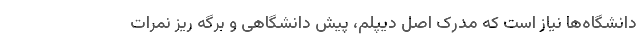
دانشگاه‌ها نیاز است که مدرک اصل دیپلم، پیش دانشگاهی و برگه ریز نمرات